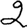
Digit: 2